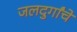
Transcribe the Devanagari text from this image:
जलदुर्गांचे